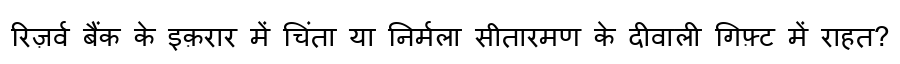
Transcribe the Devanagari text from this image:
रिज़र्व बैंक के इक़रार में चिंता या निर्मला सीतारमण के दीवाली गिफ़्ट में राहत?